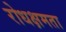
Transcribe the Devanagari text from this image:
रोधक्षमता